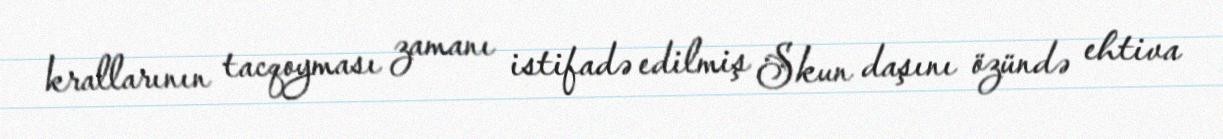
krallarının tacqoyması zamanı istifadə edilmiş Skun daşını özündə ehtiva